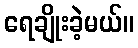
ရေချိုးခဲ့မယ်။